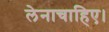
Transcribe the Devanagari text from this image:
लेनाचाहिए।